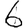
Digit: 6